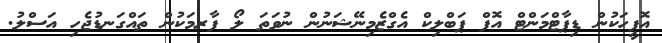
އޮފީހަކުން ޑިޕާޓްމަންޓް އޮފް ޕަބްލިކް އެގްޒެމިނޭޝަނުން ނުވަތަ ލޯ ފާރމަކުން ތައްގަނޑުޖެހި އަސްލު.